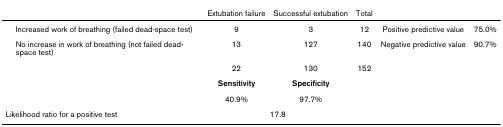
<table><thead><tr><td></td><td><b>Extubation failure</b></td><td><b>Successful extubation</b></td><td><b>Total</b></td><td></td><td></td></tr></thead><tbody><tr><td> Increased work of breathing (failed dead-space test)</td><td>9</td><td>3</td><td>12</td><td>Positive predictive value</td><td>75.0%</td></tr><tr><td> No increase in work of breathing (not failed dead-space test)</td><td>13</td><td>127</td><td>140</td><td>Negative predictive value</td><td>90.7%</td></tr><tr><td></td><td>22</td><td>130</td><td>152</td><td></td><td></td></tr><tr><td></td><td><b>Sensitivity</b></td><td><b>Specificity</b></td><td></td><td></td><td></td></tr><tr><td></td><td>40.9%</td><td>97.7%</td><td></td><td></td><td></td></tr><tr><td>Likelihood ratio for a positive test</td><td colspan="2">17.8</td><td></td><td></td><td></td></tr></tbody></table>